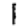
Digit: 1